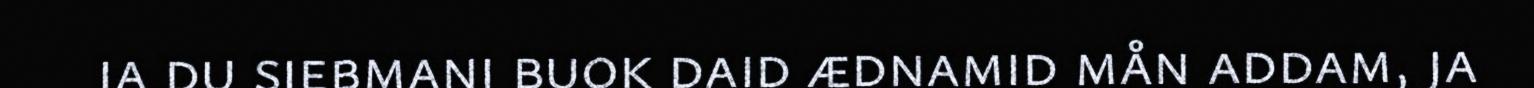
ja du siebmani buok daid ædnamid mån addam, ja